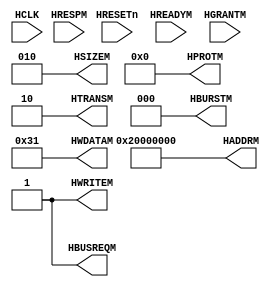

module Master01  (HCLK, HRESETn,HREADYM,HRESPM,HGRANTM, HADDRM, HTRANSM, HWRITEM, HSIZEM, HBURSTM, HPROTM,
          HWDATAM, HBUSREQM
          );

  // Signals used during normal operation 
  input     HCLK;
  input     HRESETn;

  // Signals from AMBA bus used during normal operation
  input         HREADYM;
  input  [1:0]  HRESPM;    //dont care
  input         HGRANTM; 

  
  // Signals to AMBA bus used during normal operation
  output[31:0] HADDRM;
  output [1:0] HTRANSM;
  output       HWRITEM;
  output [2:0] HSIZEM;
  output [2:0] HBURSTM;
  output [3:0] HPROTM;
  output[31:0] HWDATAM;
  output       HBUSREQM;



  //---------------------------------------------------------------------- 
  // Signal declarations
  //----------------------------------------------------------------------


  assign HBURSTM = 3'b000;  //SINGLE
  assign HSIZEM = 3'b010;  //WORD
  assign HWRITEM = 1'b1 ;   
  assign HADDRM = 32'h2000_0000; //Tube
  assign HTRANSM = 2'b10;  // NONSEQ
  assign HBUSREQM = 1'b1;   
  assign HWDATAM = 32'h0000_0031;
  assign HPROTM = 4'b0000;

  
endmodule